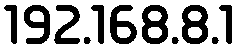
192.168.8.1